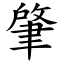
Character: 肇